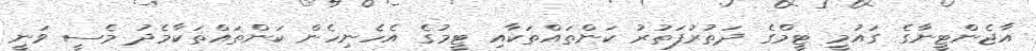
އާޖެންޓީނާގެ ގައުމީ ޓީމްގެ ދަތުރުފަތުރު ކަންތައްތަކާއި ޓީމުގެ އެހެނިހެން ކަންތައްތަކާމެދު މެސީ ވަނީ